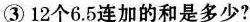
③12个6.5连加的和是多少?